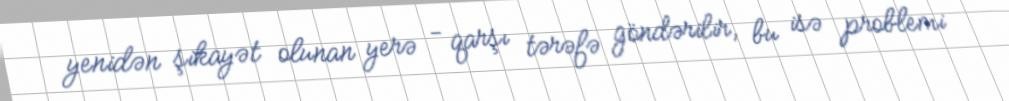
yenidən şikayət olunan yerə - qarşı tərəfə göndərilir, bu isə problemi